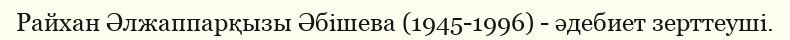
Райхан Әлжаппарқызы Әбішева (1945-1996) - әдебиет зерттеуші.